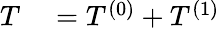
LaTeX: \begin{array}{rl}{T}&{{}=T^{(0)}+T^{(1)}}\end{array}